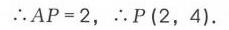
\(\therefore AP = 2,\ \therefore P(2,\ 4).\)